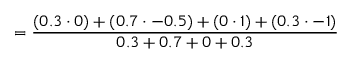
= { \frac { ( 0 . 3 \cdot 0 ) + ( 0 . 7 \cdot - 0 . 5 ) + ( 0 \cdot 1 ) + ( 0 . 3 \cdot - 1 ) } { 0 . 3 + 0 . 7 + 0 + 0 . 3 } }